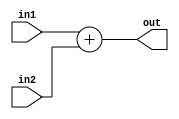
`timescale 1ns / 1ps
//////////////////////////////////////////////////////////////////////////////////
// Company: 
// Engineer: 
// 
// Design Name: 
// Module Name:    ADD 
// Project Name: 
// Target Devices: 
// Tool versions: 
// Description: 
//
// Dependencies: 
//
// Revision: 
// Revision 0.01 - File Created
// Additional Comments: 
//
//////////////////////////////////////////////////////////////////////////////////
module ADD(out,in1,in2);
input [15:0] in1,in2;
output reg [15:0] out;
always@(*)
out=in1+in2;
endmodule